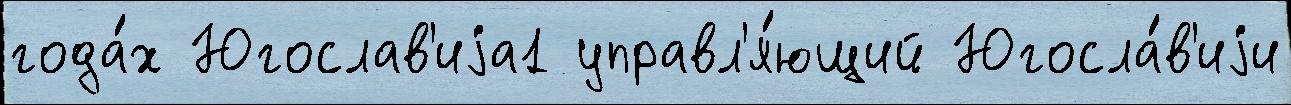
года́х Югослав'иjа1 управл'я́ющий Югосла́в'иjи